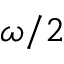
\omega / 2